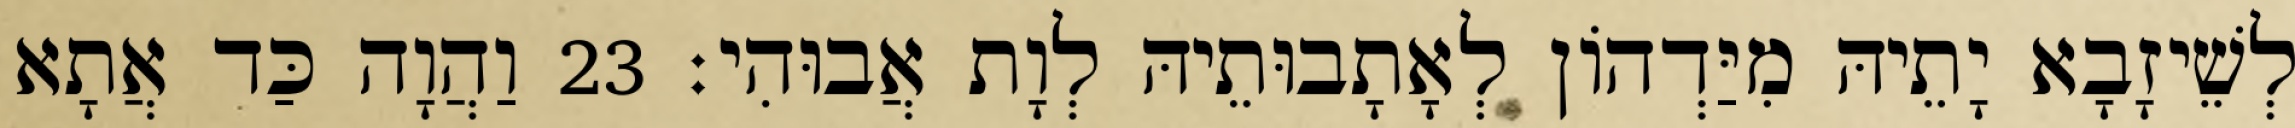
לְשֵׁיזָבָא יָתֵיהּ מִיַּדְהוֹן לְאָתָבוּתֵיהּ לְוָת אֲבוּהִי׃ 23 וַהֲוָה כַּד אֲתָא